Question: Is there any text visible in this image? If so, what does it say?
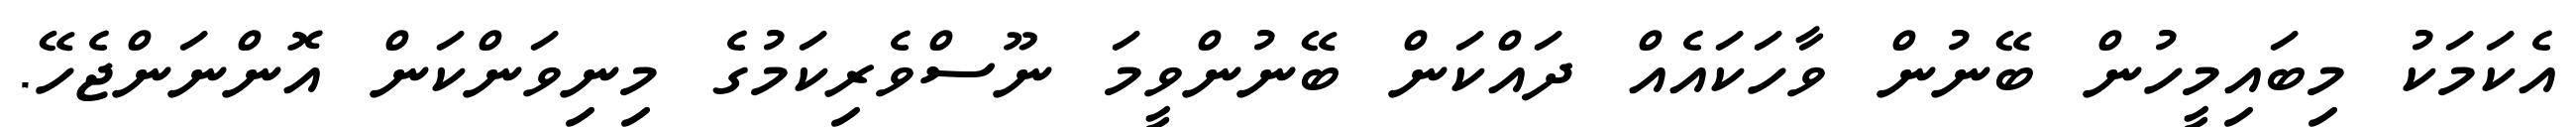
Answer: އެކަމަކު މިބައިމީހުން ބޭނުން ވާހަކައެއް ދައްކަން ބޭނުންވީމަ ނޫސްވެރިކަމުގެ މިނިވަންކަން އޮންނަންޖެހޭ.